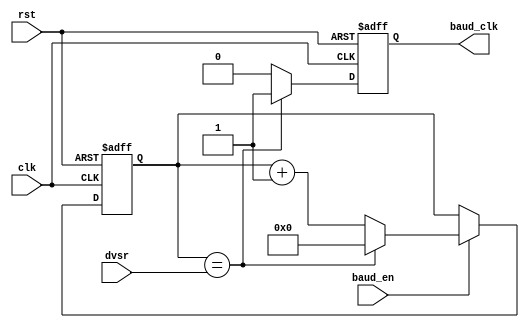
module baud_gen 
(
    input wire clk,
    input wire rst,
    input wire [15:0] dvsr,
    output reg baud_clk,
    input wire baud_en
);

    // Internal Wire and register definitions // 

    reg [15:0] r_reg; // 16 bit register to keep counter

    // -- Control Counter -- //
    always @(posedge clk or posedge rst) begin
        if(rst) 
            r_reg <= 0;
        else if (baud_en)
        begin
            if (r_reg == dvsr) // If counter reaches the dvst, reset counter
                r_reg <= 0;
            else
                r_reg <= r_reg + 1; // Else Keep Counting
        end
    end

    // -- Control Tick -- //
    always @(posedge clk or posedge rst) begin
        if(rst)
            baud_clk <= 0;
        else if(r_reg == dvsr) // If counter reaches the DVSR, trigger baud_clk 
            baud_clk <= 1;
        else
            baud_clk <= 0;
    end

endmodule